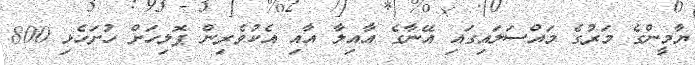
ޔާމީންގެ މަރުގެ މައްސަލައިގައި އޭނާގެ އާއިލާ އާއި އެކުވެރިން ޕޮލިހަށް ހުށަހެޅި 800